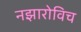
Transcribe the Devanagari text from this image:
नझारोविच